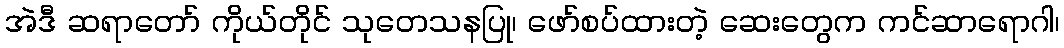
အဲဒီ ဆရာတော် ကိုယ်တိုင် သုတေသနပြု၊ ဖော်စပ်ထားတဲ့ ဆေးတွေက ကင်ဆာရောဂါ၊